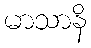
မာသာနိ